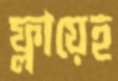
ফ্লায়েহ